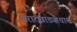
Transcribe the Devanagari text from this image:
मराठवाड्याचाच